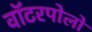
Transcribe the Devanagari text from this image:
वॉटरपोलो